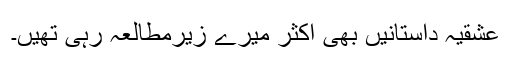
عشقیہ داستانیں بھی اکثر میرے زیرمطالعہ رہی تھیں۔